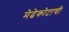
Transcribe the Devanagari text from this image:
मेढेकोटाची